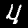
Digit: 4